Medical and sanitary report of the native army of Bengal for the year
Year: 1875
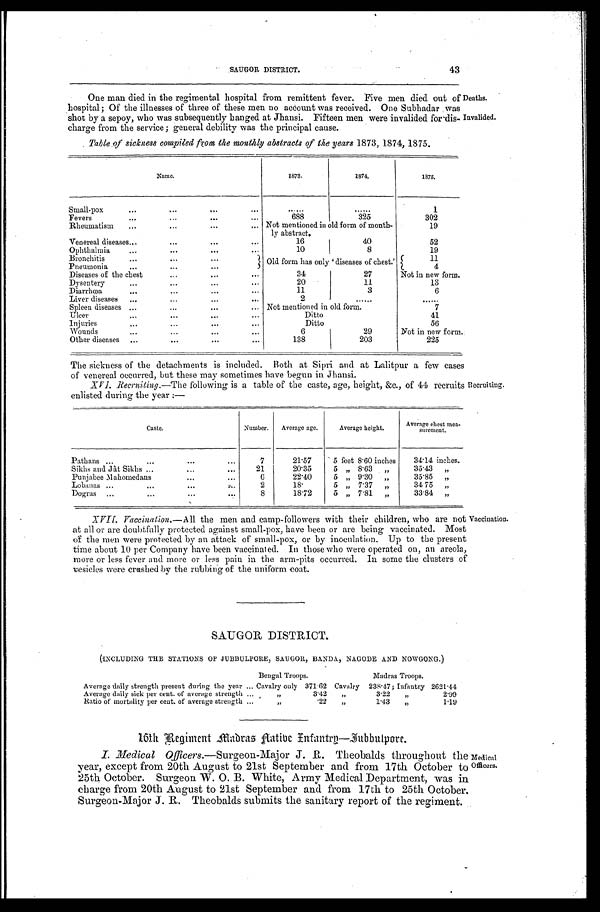
43
SAUGOR DISTRICT.
One man died in the regimental hospital from remittent fever. Five men died out of
hospital; Of the illnesses of three of these men no account was received. One Subhadar was
shot by a sepoy, who was subsequently banged at Jhansi. Fifteen men were invalided for dis
-charge from the service; general debility was the principal cause.
Table of sickness compiled from the monthly abstracts of the years 1873, 1874, 1875.
Deaths.
Invalided.
Name.
1873.
1874.
1875.
Small-pox . . .
. . .
. . .
1
Fevers . . .
688
325
302
Rheumatism . . .
Not mentioned in old form of month
-ly abstract.
19
Venereal diseases . . .
16
40
52
Ophthalmia . . .
10
8
19
Bronchitis . . .
Old form has only 'diseases of chest.'
11
Pneumonia . . .
4
Diseases of the chest . . .
34
27
Not in new form.
Dysentery . . .
20
11
13
Diarrhœa . . .
11
3
6
Liver diseases . . .
2
. . .
. . .
Spleen diseases . . .
Not mentioned in old form.
7
Ulcer . . .
Ditto
41
Injuries . . .
Ditto
56
Wounds . . .
6
29
Not in new form.
Other diseases . . .
138
203
225
The sickness of the detachments is included. Both at Sipri and at Lalitpur a few cases
of venereal occurred, but these may sometimes have begun in Jhansi.
XVI. Recruiting.—The following is a table of the caste, age, height, &c., of 44 recruits
enlisted during the year:—
Recruiting.
Caste.
Number.
Average age.
Average height.
Average chest mea -
surement.
Pathans . . .
7
21.57
5 feet 8.60 inches
34.14 inches.
Sikhs and Jât Sikhs . . .
21
20.35
5 " 8.63 "
35.43 "
Punjabee Mahomedans . . .
6
22.40
5 " 9.30 "
35.85 "
Lobanas . . .
2
18.
5 "
7.37 "
34.75 "
Dogras . . .
8
18.72
5 " 7.81 "
33.84 "
XVII. Vaccination .—All the men and camp-followers with their children, who are not
at all or are doubtfully protected against small-pox, have been or are being vaccinated. Most
of the men were protected by an attack of small-pox, or by inoculation. Up to the present
time about 10 per Company have been vaccinated. In those who were operated on, an areola,
more or less fever and more or less pain in the arm-pits occurred. In some the clusters of
vesicles were crushed by the rubbing of the uniform coat.
Vaccination.
SAUGOR DISTRICT.
(INCLUDING THE STATIONS OF JUBBULPORE, SAUGOR, BANDA, NAGODE AND NOWGONG.)
Bengal Troops.
Madras Troops.
Average daily strength present during the year . . . Cavalry only 371.62 Cavalry 238.47; Infantry 2621.44
Average daily sick per cent. of average strength . . . " 3.42 "
3.22 " 2.99
Ratio of mortality per cent. of average strength . . .
" .22 "
1.43 " 1.19
16th Regiment Madras Aatibe Infantry—Dubbulpore.
I. Medical Officers .—Surgeon-Major Theobalds throughout the
year, except from 20th August to 21st September and from 17th October to
25th October. Surgeon W. O. B. White, Army Medical Department, was in
charge from 20th August to 21st September and from 17th to 25th October.
Surgeon-Major J. R. Theobalds submits the sanitary report of the regiment.
Medical
Officers.